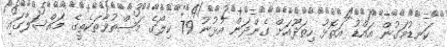
ކަނޑުމަގުން އައްޑު އަތޮޅު ހިތަދޫއަށް ގެންދަން އުޅުނު 79 ކިލޯގެ މަސްތުވާތަކެތީގެ މައްސަލާގައި